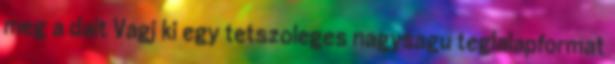
meg a dalt Vágj ki egy tetszőleges nagyságú téglalapformát